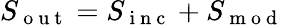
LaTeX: S_{\mathrm{~o~u~t~}}=S_{\mathrm{~i~n~c~}}+S_{\mathrm{~m~o~d~}}